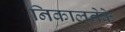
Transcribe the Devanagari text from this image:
निकालनेके